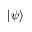
| \psi \rangle